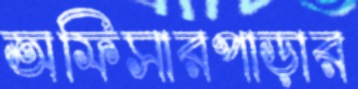
অফিসারপাড়ার